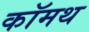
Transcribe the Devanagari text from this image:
कॉमथ